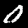
Digit: 0